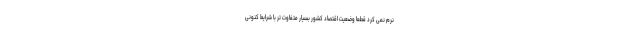
نرم نمی کرد قطعاً وضعیت اقتصاد کشور بسیار متفاوت تر با شرایط کنونی